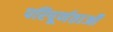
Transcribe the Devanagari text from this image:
परिपूर्णताओं